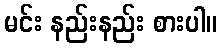
မင်း နည်းနည်း စားပါ။